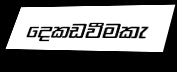
දෙකඩවීමකැ